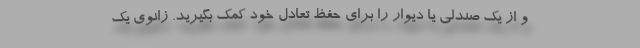
و از یک صندلی یا دیوار را برای حفظ تعادل خود کمک بگیرید. زانوی یک